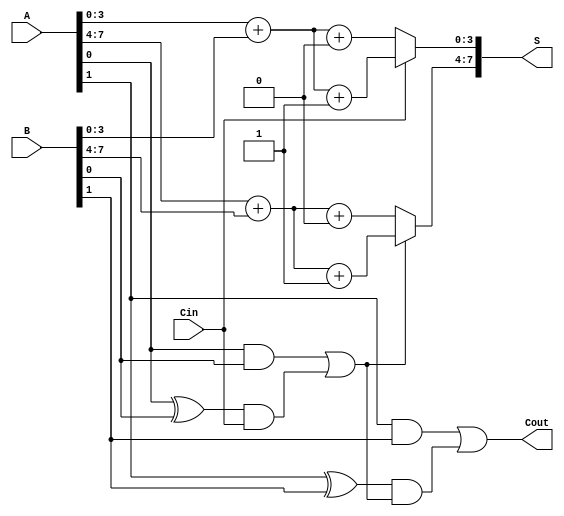
module CarrySelectAdder #(
    parameter N = 8, // Bit-width of the inputs
    parameter M = 4  // Segment size
)(
    input [N-1:0] A,   // First n-bit input
    input [N-1:0] B,   // Second n-bit input
    input Cin,         // Carry-in
    output [N-1:0] S,  // Sum output
    output Cout        // Carry-out
);

    // Internal signals
    wire [N/M-1:0] G; // Generate signals for each segment
    wire [N/M-1:0] P; // Propagate signals for each segment
    wire [N/M:0] C;   // Carry signals for each segment
    wire [N-1:0] S0;  // Sum assuming carry-in is 0
    wire [N-1:0] S1;  // Sum assuming carry-in is 1

    // Generate and propagate for each bit
    genvar i;
    generate
        for (i = 0; i < N; i = i + 1) begin : gen_prop
            assign G[i] = A[i] & B[i]; // Generate
            assign P[i] = A[i] ^ B[i]; // Propagate
        end
    endgenerate

    // Carry Lookahead Logic
    assign C[0] = Cin; // Initial carry-in
    generate
        for (i = 1; i <= N/M; i = i + 1) begin : carry_logic
            assign C[i] = G[i-1] | (P[i-1] & C[i-1]); // Carry generation
        end
    endgenerate

    // Sum calculation for each segment
    generate
        for (i = 0; i < N/M; i = i + 1) begin : sum_calc
            wire [M-1:0] A_seg = A[i*M +: M];
            wire [M-1:0] B_seg = B[i*M +: M];
            wire carry_in_0 = C[i]; // Carry-in for segment assuming carry-in is 0
            wire carry_in_1 = C[i] | G[i]; // Carry-in for segment assuming carry-in is 1

            // Calculate sums for carry-in 0 and 1
            assign S0[i*M +: M] = A_seg + B_seg + 0; // Sum with carry-in 0
            assign S1[i*M +: M] = A_seg + B_seg + 1; // Sum with carry-in 1
        end
    endgenerate

    // Final sum selection based on carry-out
    generate
        for (i = 0; i < N/M; i = i + 1) begin : final_sum
            assign S[i*M +: M] = C[i] ? S1[i*M +: M] : S0[i*M +: M];
        end
    endgenerate

    // Final carry-out
    assign Cout = C[N/M];

endmodule